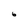
Character: 6